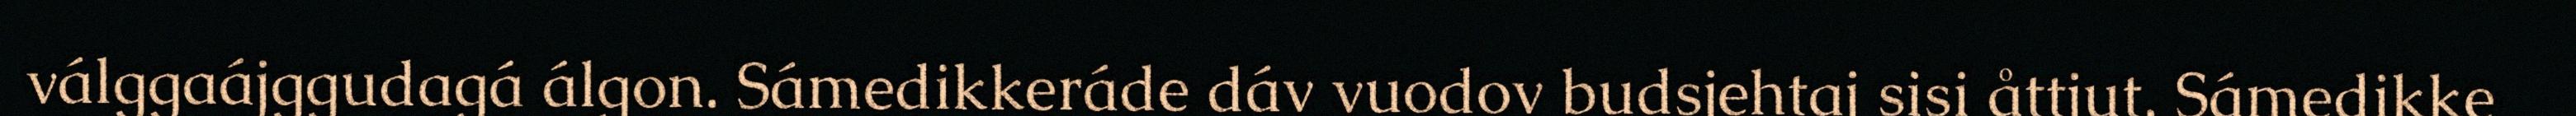
válggaájggudagá álgon. Sámedikkeráde dáv vuodov budsjehtaj sisi åttjut. Sámedikke